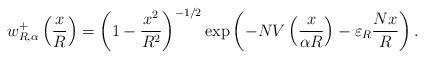
LaTeX: \begin{align*} w_{R,\alpha}^+ \left(\frac{x}{R}\right)= \left(1- \frac{x^2}{R^2}\right)^{-1/2}\exp\left( -N V\left( \frac{x}{\alpha R} \right) - \varepsilon_R \frac{Nx}{R} \right). \end{align*}